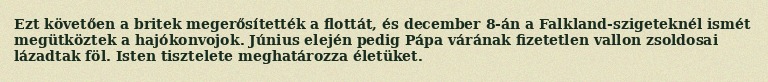
Ezt követően a britek megerősítették a flottát, és december 8-án a Falkland-szigeteknél ismét megütköztek a hajókonvojok. Június elején pedig Pápa várának fizetetlen vallon zsoldosai lázadtak föl. Isten tisztelete meghatározza életüket.